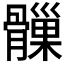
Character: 𩪑